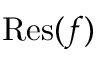
{ \mathrm { R e s } } ( f )